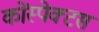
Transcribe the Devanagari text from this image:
कोंस्पेक्टस